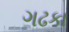
ગઢકા